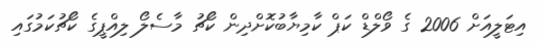
އިޓަލީއަށް 2006 ގެ ވޯލްޑް ކަޕް ކާމިޔާބުކޮށްދިން ކޯޗު މާސެލޯ ލިއްޕީގެ ކޯޗުކަމުގައި